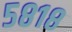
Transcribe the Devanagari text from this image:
५८१८